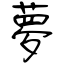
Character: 夢